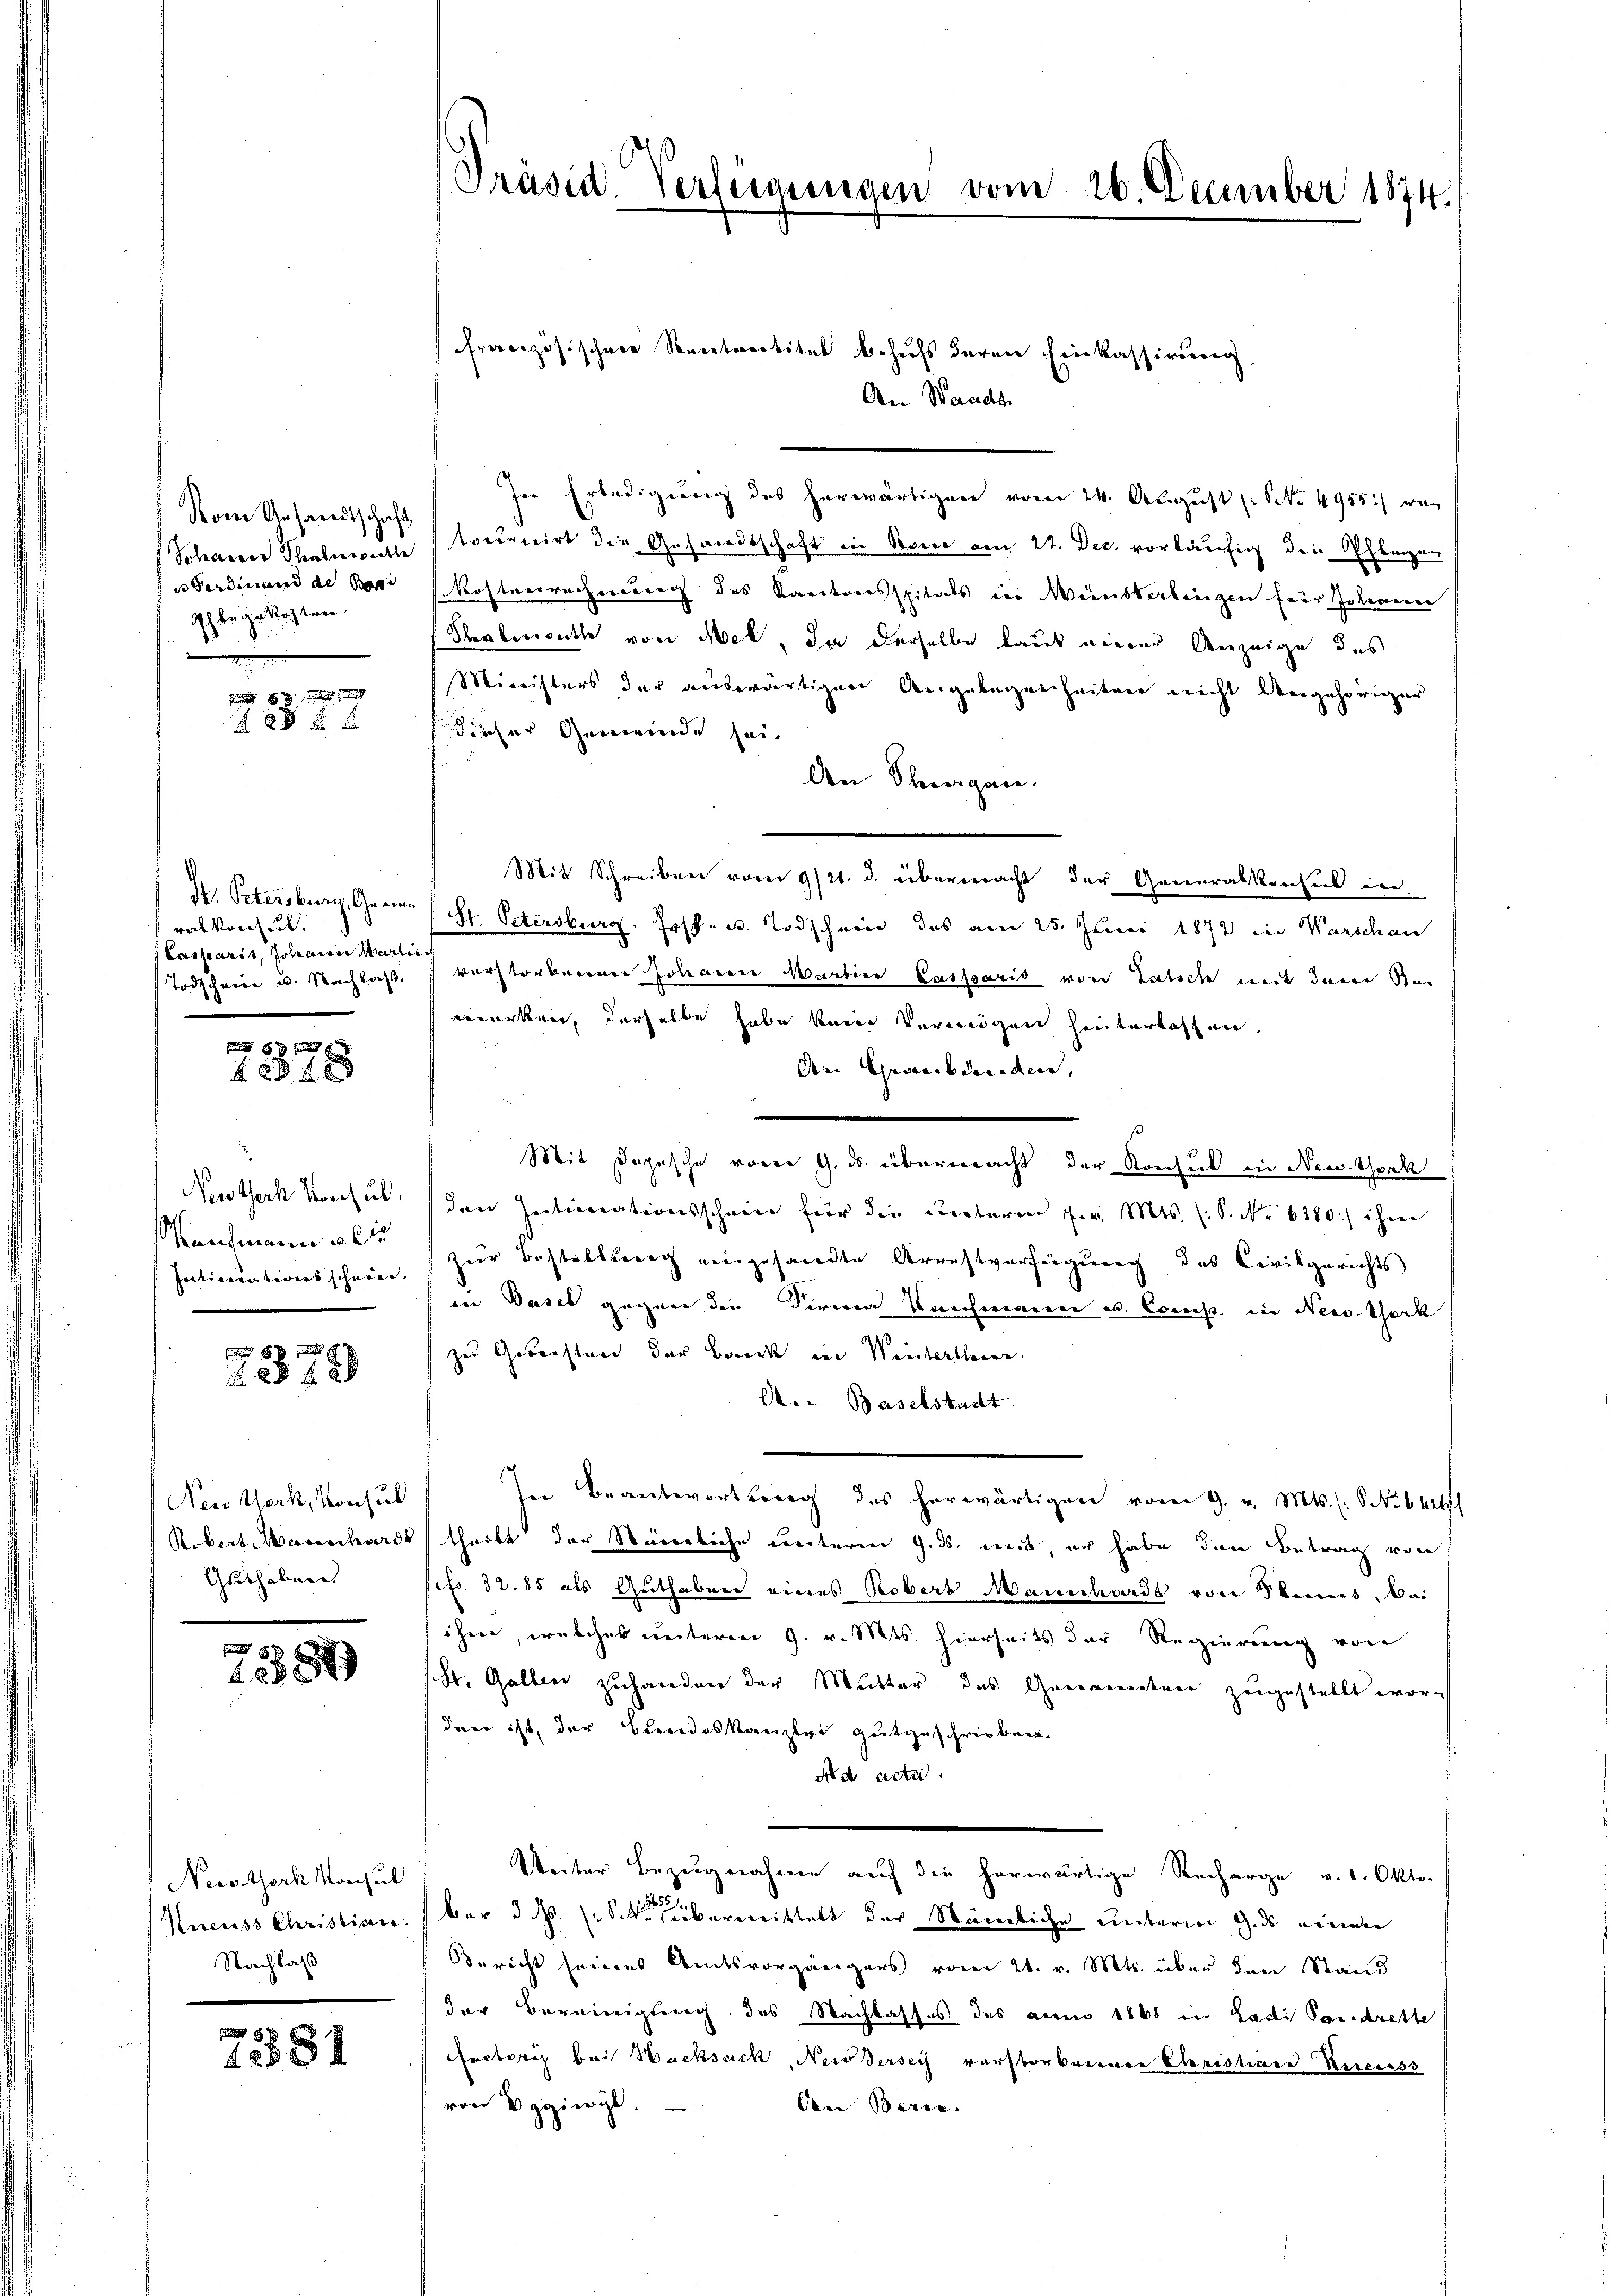
Vom Gesandtschaft
Soharrer Schradierpachte
 Ferdinaire de sei
Ghergekosten.

2 x

I. Petersburg, Geeinrat vorhut.
Casparit, Johann Martei
Todscheine u. Nachlas,

8 x
 4 x

Newtheck Konsul
Kaufmann u. de
Initiverationsschein.

8x
28 f 8 x

Nei Werk, Konsul
Robert Mannhardt
Guthaben

18879

Nerothoch Monsul
Recess Christiren.
Nachlaß

57
1551

Präsid Verlegungen vom 26. December 1874.

Französischen Rectoratitut behufs deren Einkassirung
An Waadt
In Erledigung des herwärtigung vom 24. August (S. 4955) war
touricirt die Gesandtschaft in Sonne am 27. Dec. vorläufig die Pflegen
Kostverrechnung des Kantonsspitals in Weinsterbeigen für Johannn
Thalenruthe von Mel, da derselbe laut einer Anzeige des
Ministers der auswärtigen Angelegenheiten nicht dengehöriger
Fischer Gewerde sei.
An Thurgau.
Mit Schreiben vor 9/21. d. übermacht der Generalkonsul in
St. Petersburg, Jos. u. Todschein des am 25. Juni 1872 in Warschau
verstorberner Johanen Martien Cassaris von Tatsch mit dem Bewerken, derselbe habe kein Vermögen hinterlassen.
An Graubünden,
.
Mit Sophische vom 9. ds. übermacht der Konsul in der Theek
den Intimationsschreie für die unteren v. Mts. (S. Nr. 6380.) ihrer
zur Bestallung eingesandte Arrestverfügung des Civilgerichts
den Basel gegen die Firmen Reichenaeren u. Comp. in Neso-Gerk
zur Gesuchtung der Banke in Wintertheien.
A. Baselstadt
In Beantwortberg des herwärtigen vom 9. v. Mts. (: No 642
theilt der Ständliche unterm 9. ds. mit er habe den Betrag von
cf. 32. 85 als Guthaber eines Robers Mannhardt von Seines, bei
öhne, welches unteren 9. v. Mts. hierseits der Regierung von
St. Gallen zuhanden der Mutter des Gemeindere zugestellt wor
den ist, der Bereideskanzlei gutgeschrieben.
ad acta.
Unter Bezugnahme auf die herwärtige Recharge v. 1. Oktober d. s. Sie liebermittelt der Sämliche unterm 9. ds. einen
Bericht seines Amtsvorgängers vom 21. v. Mts. über den Stand
der Bereinigung des Nachlasses des aun 1860 in Ladi Paudrette
ector bei Wachsuch, Neidersich verstorberner Christian Recess
von Beziergl.
An Beric